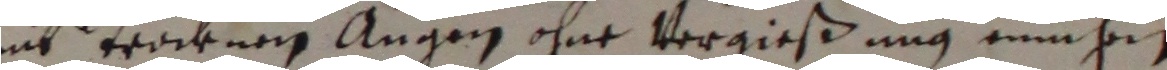
mit trocknen angen ohne vergießung einhe